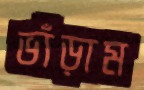
ভাঁড়াম